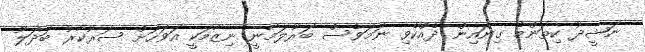
ނަޝީދު ކިތަންމެ ގިނައިން ދެއްކެވި ނަމަވެސް ބަރުލަމާނީ ނިޒާމަކީ އަވަހަށް ސަރުކާރު ބަދަލު